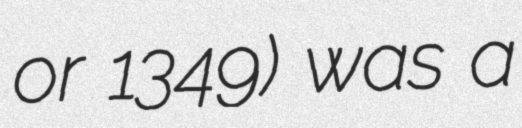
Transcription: or 1349) was a